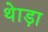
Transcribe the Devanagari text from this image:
थेाड़ा